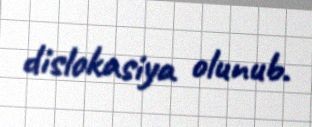
dislokasiya olunub.